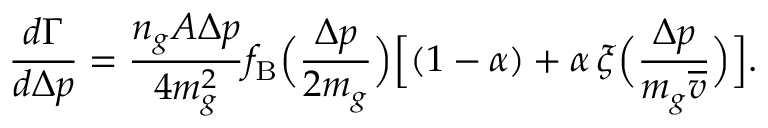
\frac { d \Gamma } { d \Delta p } = \frac { n _ { g } A \Delta p } { 4 m _ { g } ^ { 2 } } f _ { \mathrm { B } } \Big ( \frac { \Delta p } { 2 m _ { g } } \Big ) \Big [ ( 1 - \alpha ) + \alpha \, \xi \Big ( \frac { \Delta p } { m _ { g } \overline { { v } } } \Big ) \Big ] .